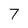
Character: 7